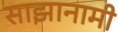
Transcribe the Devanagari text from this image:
साझानामी